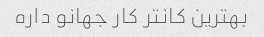
بهترین کانتر کار جهانو داره